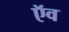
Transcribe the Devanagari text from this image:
ऍव